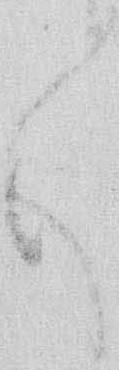
々